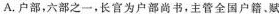
A.户部，六部之一，长官为户部尚书，主管全国户籍、赋